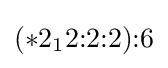
(*2_{1}2{:}2{:}2){:}6